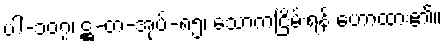
ပါ-၁၀၇၊ ဋ္ဌ-တ-အုပ်-၈၅၊ သောကငြိမ်းရန် ဟောထား၏။